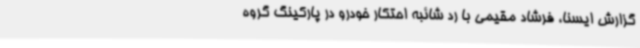
گزارش ایسنا، فرشاد مقیمی با رد شائبه احتکار خودرو در پارکینگ گروه